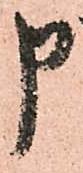
申